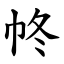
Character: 㠽